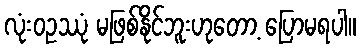
လုံးဝဥဿုံ မဖြစ်နိုင်ဘူးဟုတော့ ပြောမရပါ။